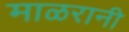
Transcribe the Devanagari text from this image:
माळरानी